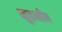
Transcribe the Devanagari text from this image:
मुहनीब